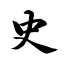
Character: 史